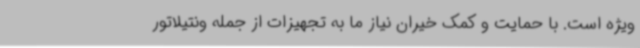
ویژه است. با حمایت و کمک خیران نیاز ما به تجهیزات از جمله ونتیلاتور